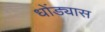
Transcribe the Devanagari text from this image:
धोंड्यास